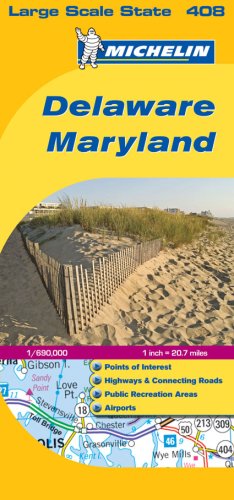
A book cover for Delaware / Maryland (Michelin, No. 408); American Map; Travel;